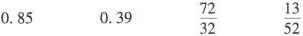
0.85 0.39 \frac{72}{32} \frac{13}{52}